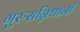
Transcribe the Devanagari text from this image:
गुरुसन्निधानी